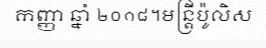
កញ្ញា ឆ្នាំ ២០១៨។មន្ត្រីប៉ូលិស